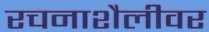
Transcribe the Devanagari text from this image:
रचनाशैलीवर